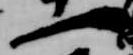
一